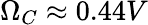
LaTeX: \Omega_{C}\approx 0.44V